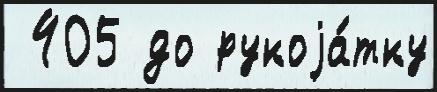
 405 до рукоjа́тку